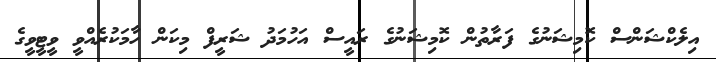
އިލެކްޝަންސް ކޮމިޝަނުގެ ފަރާތުން ކޮމިޝަނުގެ ރައީސް އަހުމަދު ޝަރީފް މިކަން ހާމަކުރެއްވީ ވީޓީވީގެ